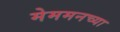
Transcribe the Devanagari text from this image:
मेममनच्या